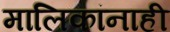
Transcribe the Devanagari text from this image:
मालिकांनाही